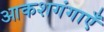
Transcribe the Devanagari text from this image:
आकशगंगाएँ